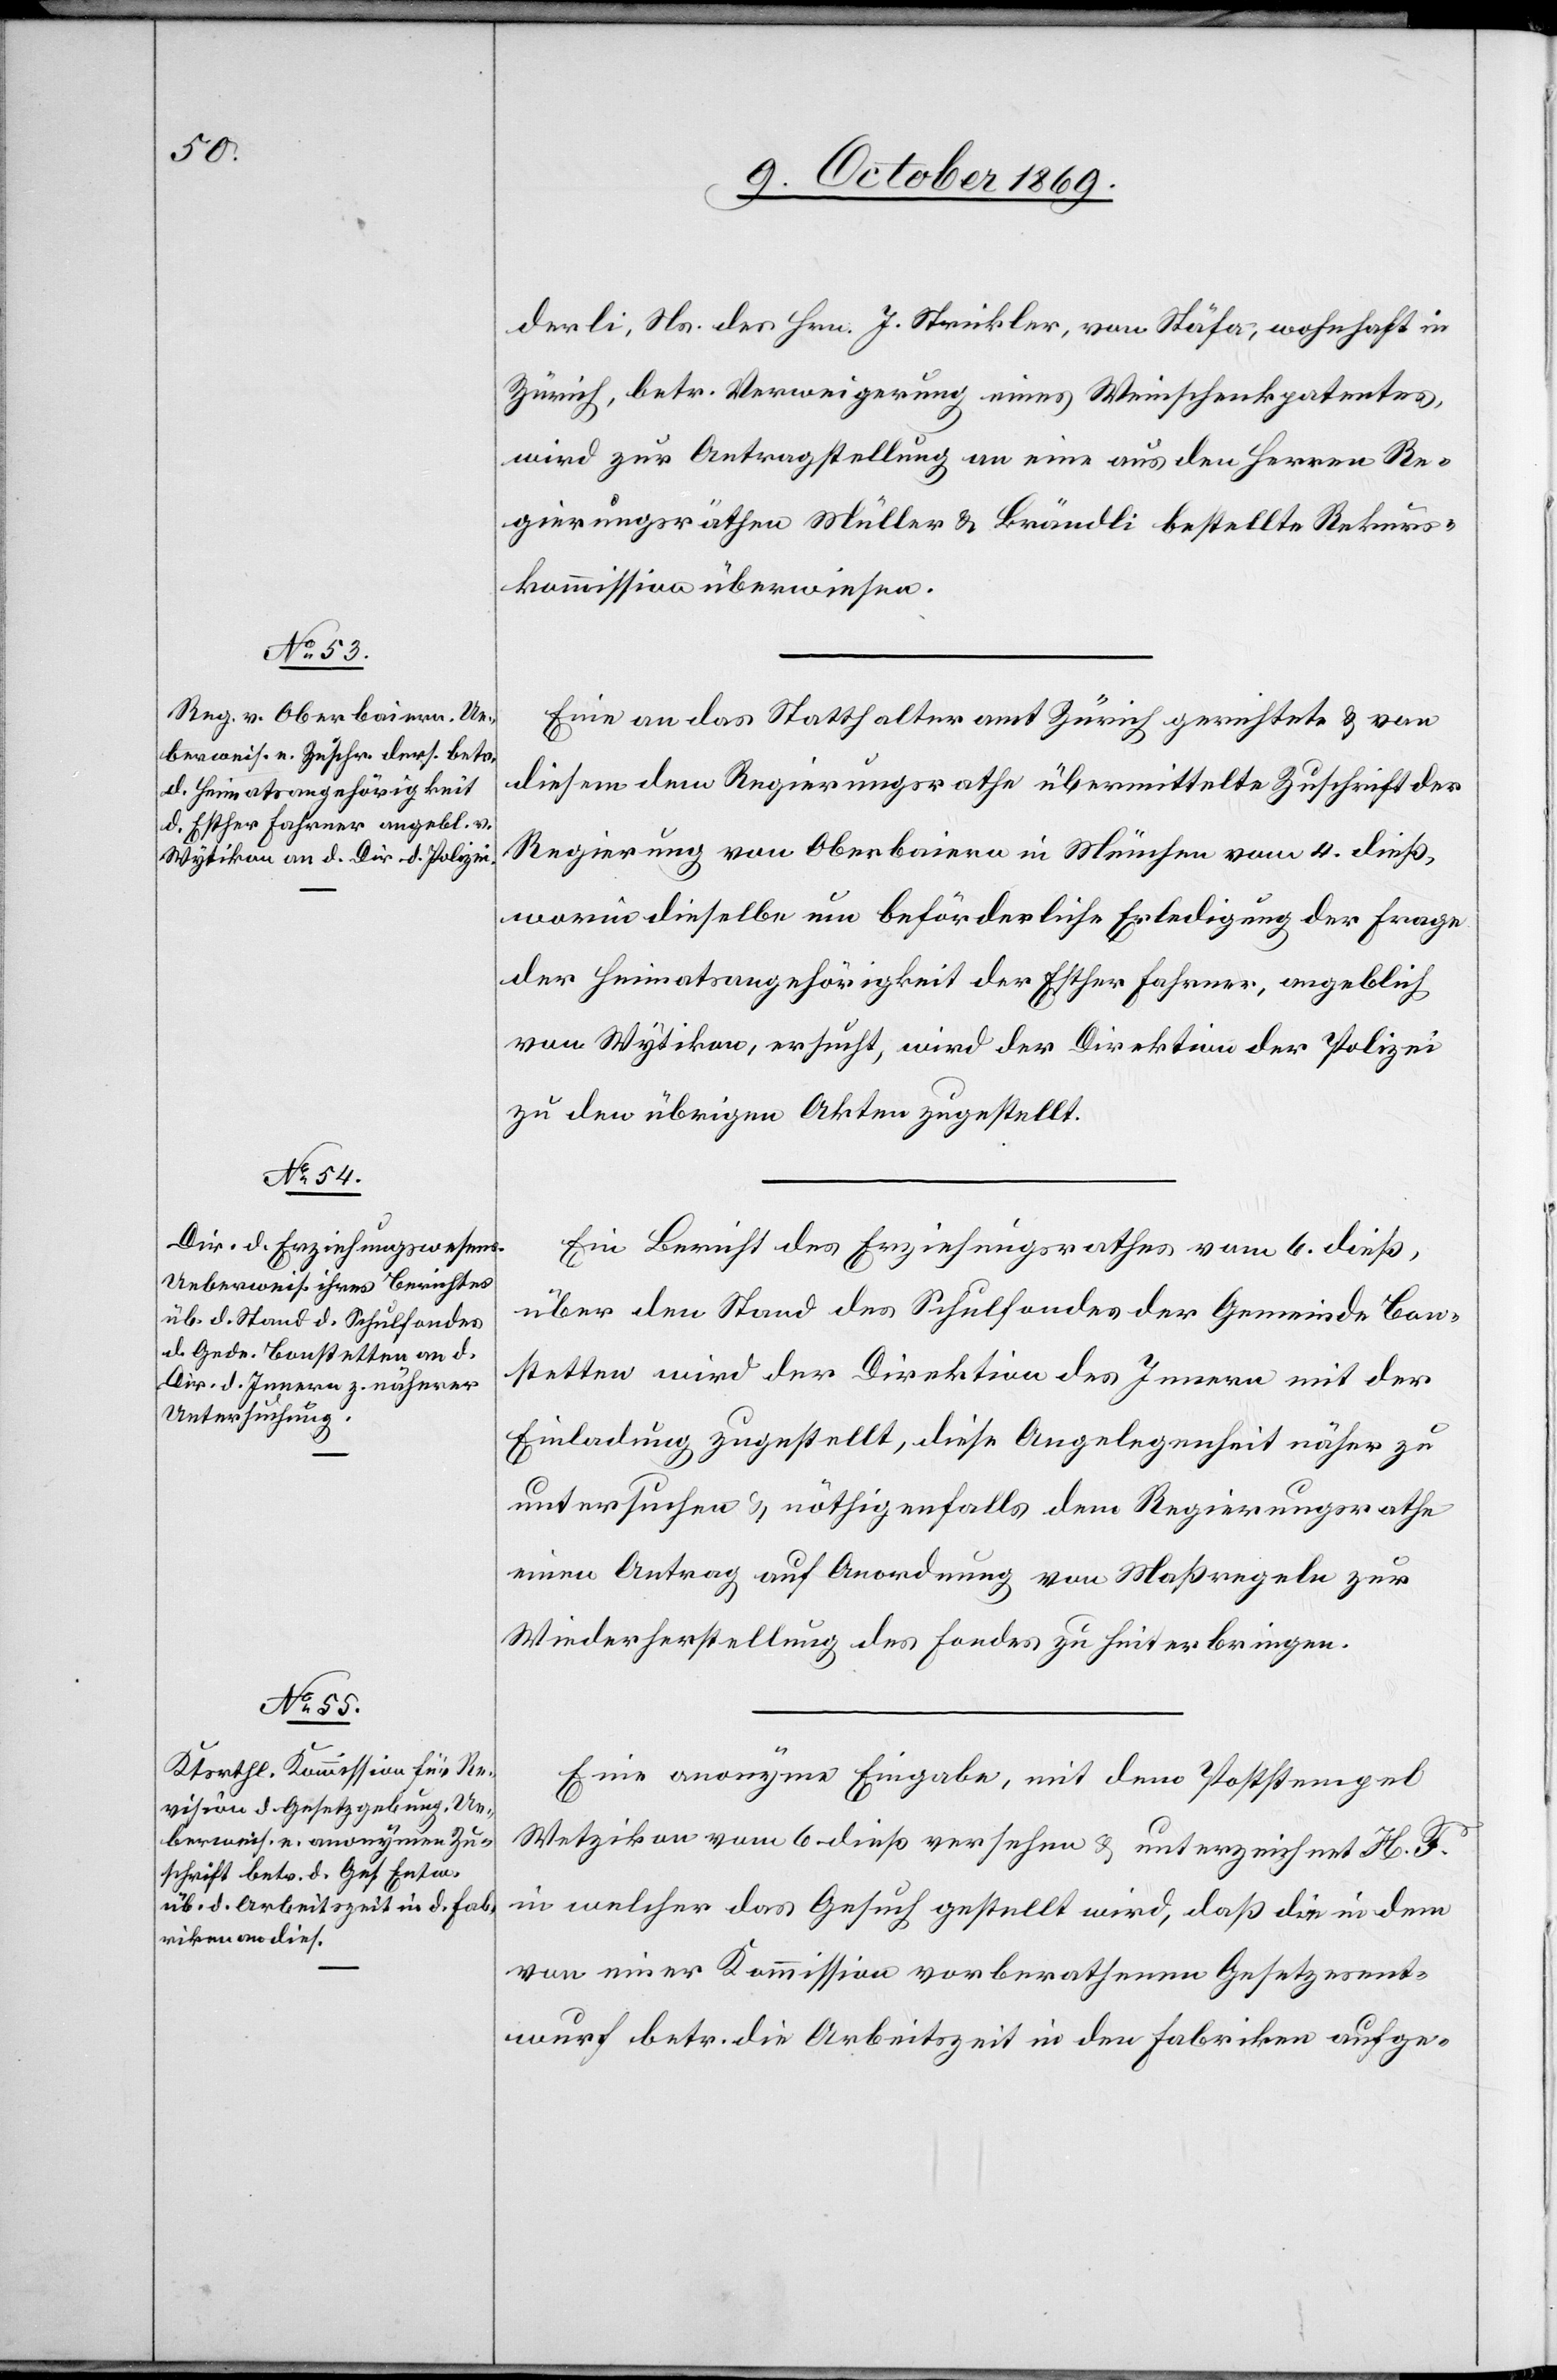
derli, Ns. des Hrn. J. Strickler, von Stäfa, wohnhaft in
Zürich, betr. Verweigerung eines Weinschenkpatentes,
wird zur Antragstellung an eine aus den Herren Re¬
gierungsräthen Müller & Brändli bestellte Rekurs¬
kommission überwiesen.
Eine an das Statthalteramt Zürich gerichtete & von
diesem dem Regierungsrathe übermittelte Zuschrift der
Regierung von Oberbaiern in München vom 4. dieß,
worin dieselbe um beförderliche Erledigung der Frage
der Heimatsangehörigkeit der Esther Fahrner, angeblich
von Wytikon, ersucht, wird der Direktion der Polizei
zu den übrigen Akten zugestellt.
Ein Bericht des Erziehungsrathes vom 6. dieß,
über den Stand des Schulfondes der Gemeinde Bon¬
stetten wird der Direktion des Innern mit der
Einladung zugestellt, diese Angelegenheit näher zu
untersuchen & nöthigenfalls dem Regierungsrathe
einen Antrag auf Anordnung von Maßregeln zur
Wiederherstellung des Fondes zu hinterbringen.
Eine anonyme Eingabe, mit dem Poststempel
Wetzikon vom 6. dieß versehen & unterzeichnet H. F.
in welcher das Gesuch gestellt wird, daß die in dem
von einer Kommission vorberathenen Gesetzesent¬
wurf betr. die Arbeitszeit in den Fabriken aufge-